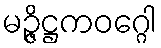
မဉ္ဇိဋ္ဌကဝဂ္ဂေါ